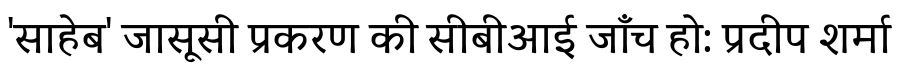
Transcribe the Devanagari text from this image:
'साहेब' जासूसी प्रकरण की सीबीआई जाँच हो: प्रदीप शर्मा